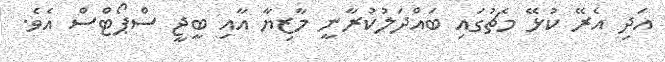
އަދި އެރޭ ކުޅޭ މެޗުގައި ބައްދަލުކުރާނީ މާޒިޔާ އާއި ބީޖީ ސްޕޯޓްސް އެވެ.